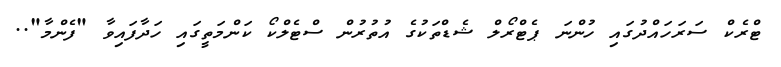
ޓްރެކް ސަރަހައްދުގައި ހުންނަ ޕެޓްރޯލް ޝެޑްތަކުގެ އުތުރުން ސްޓެލްކޯ ކަންމަތީގައި ހަދާފައިވާ "ފެންމާ"..